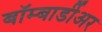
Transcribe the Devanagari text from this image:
बॉम्बार्डीअर